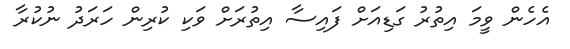
އެހެން ވީމަ އިތުރު ގަޑިއަށް ފައިސާ އިތުރަށް ވަކި ކުރިން ހަރަދު ނުކުރާ